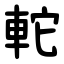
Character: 䡐